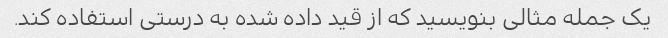
یک جمله مثالی بنویسید که از قید داده شده به درستی استفاده کند.